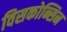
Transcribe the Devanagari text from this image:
विसकोन्सिन